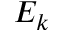
E _ { k }